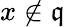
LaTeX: x\not\in{\mathfrak{q}}